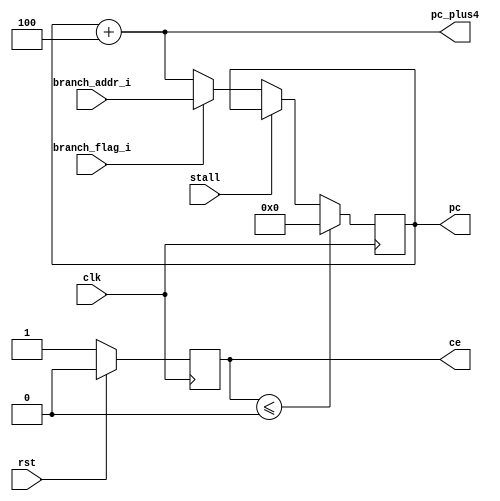
module pc_reg(
    //input
    clk,
    rst,
    stall,
    branch_flag_i,
    branch_addr_i,
    //output 
    pc,
    pc_plus4,
    ce
);

input clk;
input rst;
input stall;
input branch_flag_i;
input [31:0] branch_addr_i;

output reg [31:0] pc;
output [31:0] pc_plus4;
output reg ce;

assign pc_plus4 = pc + 32'h4;

always@(posedge clk) begin
  if(rst == 1'b1)
    ce <= 1'b0;
  else
    ce <= 1'b1;
end

always@(posedge clk) begin
  if(ce <= 1'b0)
    pc <= 32'h0;
  else if(stall == 1'b1)
    pc <= pc;
  else if(branch_flag_i == 1'b1)
    pc <= branch_addr_i;
  else
    pc <= pc_plus4;
end

endmodule